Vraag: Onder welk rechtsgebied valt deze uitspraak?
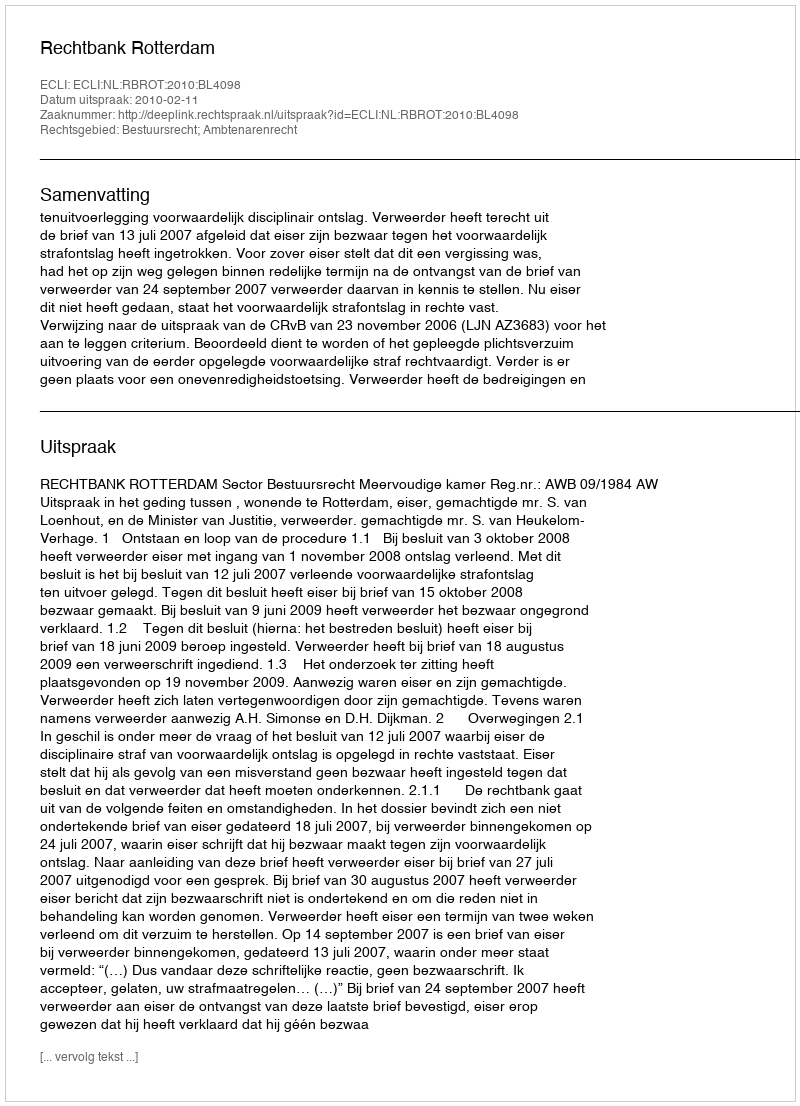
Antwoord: Bestuursrecht; Ambtenarenrecht